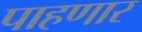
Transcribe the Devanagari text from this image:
पाहणार